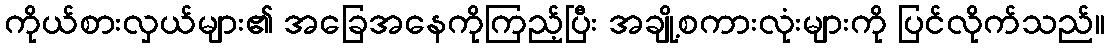
ကိုယ်စားလှယ်များ၏ အခြေအနေကိုကြည့်ပြီး အချို့စကားလုံးများကို ပြင်လိုက်သည်။